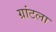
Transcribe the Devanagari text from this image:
ग्रांटला